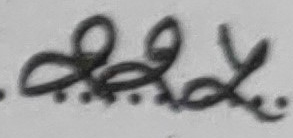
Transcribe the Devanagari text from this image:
The image displays a highly stylized symbol that appears to be a unique handwritten representation of the Nepali Rupee currency. While not a standard Devanagari character sequence, the repeated loops and dots, combined with the context of Nepali handwriting, strongly suggest a symbolic rendering of "Rupee". This often takes the form of "रु." (Ru.) in standard Nepali script. The elaborate nature with multiple loops and additional dots is likely a specific, possibly personal or regional, calligraphic flourish for this common financial symbol.

Therefore, interpreting this complex symbol as the intended currency abbreviation:

रु.